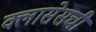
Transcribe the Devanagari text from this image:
क्लासेसची